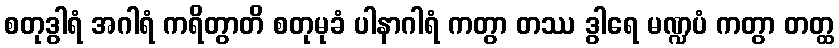
စတုဒွါရံ အဂါရံ ကရိတွာတိ စတုမုခံ ပါနာဂါရံ ကတွာ တဿ ဒွါရေ မဏ္ဍပံ ကတွာ တတ္ထ